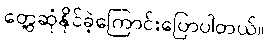
တွေ့ဆုံနိုင်ခဲ့ကြောင်းပြောပါတယ်။